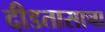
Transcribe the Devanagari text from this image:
दीडतासाचा